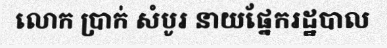
លោក ប្រាក់ សំបូរ នាយផ្នែករដ្ឋបាល